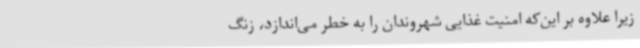
زیرا علاوه بر این‌که امنیت غذایی شهروندان را به خطر می‌اندازد، زنگ